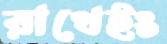
রাখেইং